Civil Veterinary Dept. Bombay admin report 1914-1922 - 1914-1922
Year: 1914
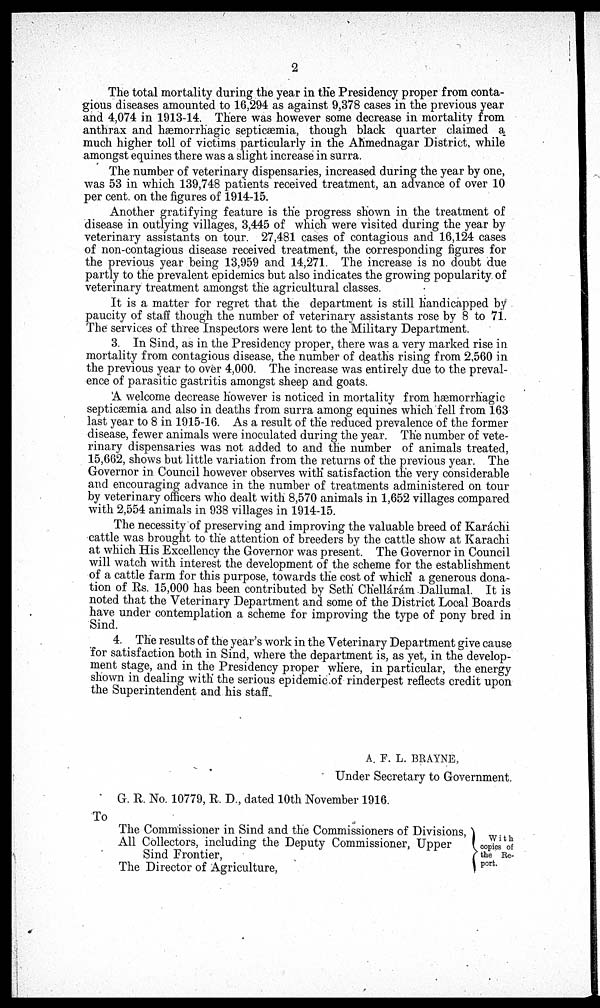
2
The total mortality during the year in the Presidency proper from conta-
gious diseases amounted to 16,294 as against 9,378 cases in the previous year
and 4,074 in 1913-14. There was however some decrease in mortality from
anthrax and hæmorrhagic septicæmia, though black quarter claimed a
much higher toll of victims particularly in the Ahmednagar District, while
amongst equines there was a slight increase in surra.
The number of veterinary dispensaries, increased during the year by one,
was 53 in which 139,748 patients received treatment, an advance of over 10
per cent. on the figures of 1914-15.
Another gratifying feature is the progress shown in the treatment of
disease in outlying villages, 3,445 of which were visited during the year by
veterinary assistants on tour. 27,481 cases of contagious and 16,124 cases
of non-contagious disease received treatment, the corresponding figures for
the previous year being 13,959 and 14,271. The increase is no doubt due
partly to the prevalent epidemics but also indicates the growing popularity of
veterinary treatment amongst the agricultural classes.
It is a matter for regret that the department is still handicapped by
paucity of staff though the number of veterinary assistants rose by 8 to 71.
The services of three Inspectors were lent to the Military Department.
3. In Sind, as in the Presidency proper, there was a very marked rise in
mortality from contagious disease, the number of deaths rising from 2,560 in
the previous year to over 4,000. The increase was entirely due to the preval-
ence of parasitic gastritis amongst sheep and goats.
A welcome decrease however is noticed in mortality from hæmorrhagic
septicæmia and also in deaths from surra among equines which fell from 163
last year to 8 in 1915-16. As a result of the reduced prevalence of the former
disease, fewer animals were inoculated during the year. The number of vete-
rinary dispensaries was not added to and the number of animals treated,
15,662, shows but little variation from the returns of the previous year. The
Governor in Council however observes with satisfaction the very considerable
and encouraging advance in the number of treatments administered on tour
by veterinary officers who dealt with 8,570 animals in 1,652 villages compared
with 2,554 animals in 938 villages in 1914-15.
The necessity of preserving and improving the valuable breed of Karachi
cattle was brought to the attention of breeders by the cattle show at Karachi
at which His Excellency the Governor was present. The Governor in Council
will watch with interest the development of the scheme for the establishment
of a cattle farm for this purpose, towards the cost of which a generous dona-
tion of Rs. 15,000 has been contributed by Seth Chellárám Dallumal. It is
noted that the Veterinary Department and some of the District Local Boards
have under contemplation a scheme for improving the type of pony bred in
Sind.
4. The results of the year's work in the Veterinary Department give cause
for satisfaction both in Sind, where the department is, as yet, in the develop-
ment stage, and in the Presidency proper where, in particular, the energy
shown in dealing with the serious epidemic of rinderpest reflects credit upon
the Superintendent and his staff.
A. F. L. BRAYNE,
Under Secretary to Government.
G. R. No. 10779, R. D., dated 10th November 1916.
To
The Commissioner in Sind and the Commissioners of Divisions,
All Collectors, including the Deputy Commissioner, Upper
Sind Frontier,
The Director of Agriculture,
With
copies of
the Re¬
port.